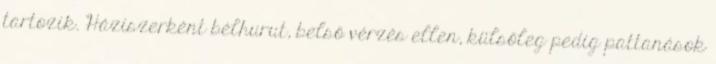
tartozik. Háziszerként bélhurut, belső vérzés ellen, külsőleg pedig pattanások